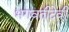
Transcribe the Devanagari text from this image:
भगवतीदेवी